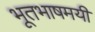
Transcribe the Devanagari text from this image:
भूतभाषमयीं